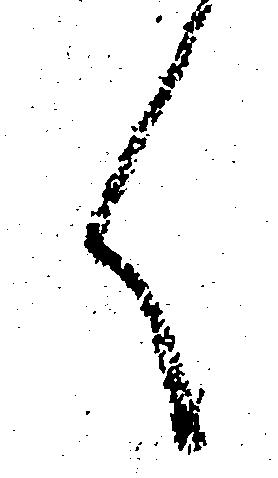
く